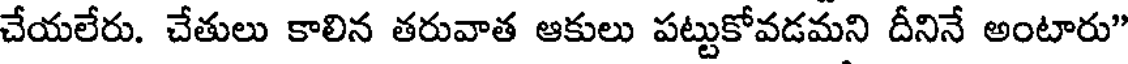
చేయలేరు. చేతులు కాలిన తరువాత ఆకులు పట్టుకోవడమని దీనినే అంటారు"